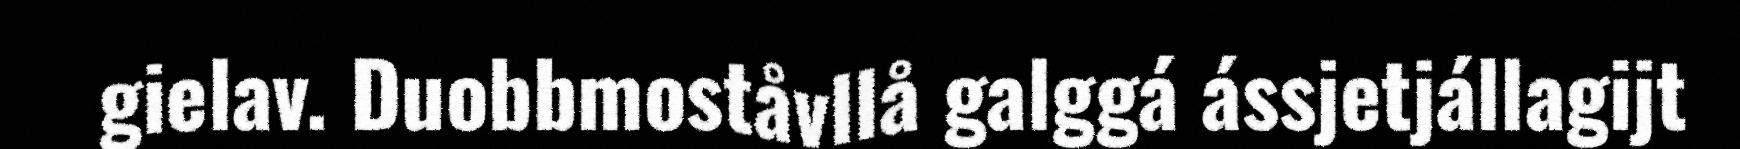
gielav. Duobbmoståvllå galggá ássjetjállagijt